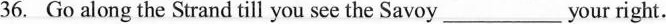
36. Go along the Strand till you see the Savoy ___ your right.